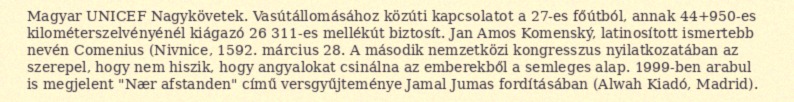
Magyar UNICEF Nagykövetek. Vasútállomásához közúti kapcsolatot a 27-es főútból, annak 44+950-es kilométerszelvényénél kiágazó 26 311-es mellékút biztosít. Jan Amos Komenský, latinosított ismertebb nevén Comenius (Nivnice, 1592. március 28. A második nemzetközi kongresszus nyilatkozatában az szerepel, hogy nem hiszik, hogy angyalokat csinálna az emberekből a semleges alap. 1999-ben arabul is megjelent "Nær afstanden" című versgyűjteménye Jamal Jumas fordításában (Alwah Kiadó, Madrid).